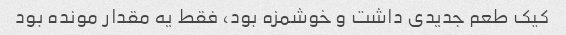
کیک طعم جدیدی داشت و خوشمزه بود، فقط یه مقدار مونده بود